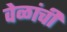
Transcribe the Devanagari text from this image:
वेळांची